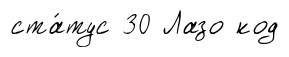
ста́тус 30 Лазо код